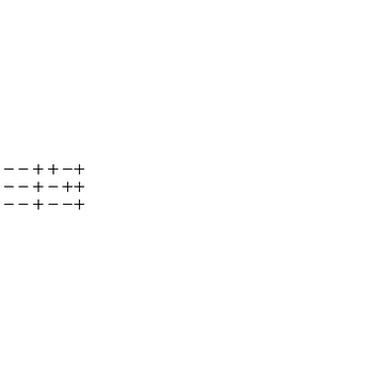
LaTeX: \begin{array} { c } { -- + + - + } \\ { -- + - + + } \\ { -- + -- + } \\ \end{array}